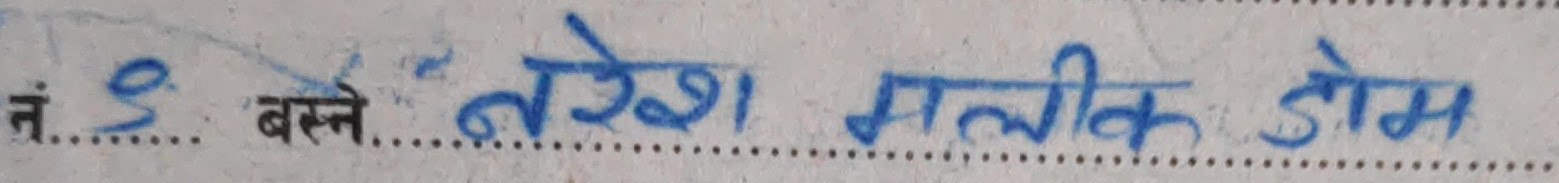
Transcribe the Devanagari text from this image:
नं. ९ बस्ने नरेश मलीक डोम